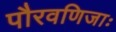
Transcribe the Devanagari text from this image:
पौरवणिजाः